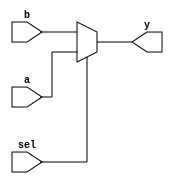
// Class: CSCI 401 Computer Architecture
// Term: SPR11
// Name(s): 
//
// Lab #1: Instruction Fetch Stage

//                              -*- Mode: Verilog -*-
// Description     : The instruction memory module
//                   of the IF stage of the pipeline
// Modified By     : Jason Fredrick and David Sturgeon

module mux (
   output wire [31:0] y,     // Output of Multiplexer
   input wire  [31:0] a,     // Input 1 of Multiplexer
                      b,     // Input 0 of Multiplexer
   input wire  sel           // Select Input
   );
   
   assign	y = sel ? a : b;
endmodule // mux